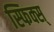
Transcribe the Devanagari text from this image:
स्फिक्स्